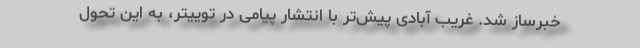
خبرساز شد. غریب آبادی پیش‌تر با انتشار پیامی در توییتر، به این تحول